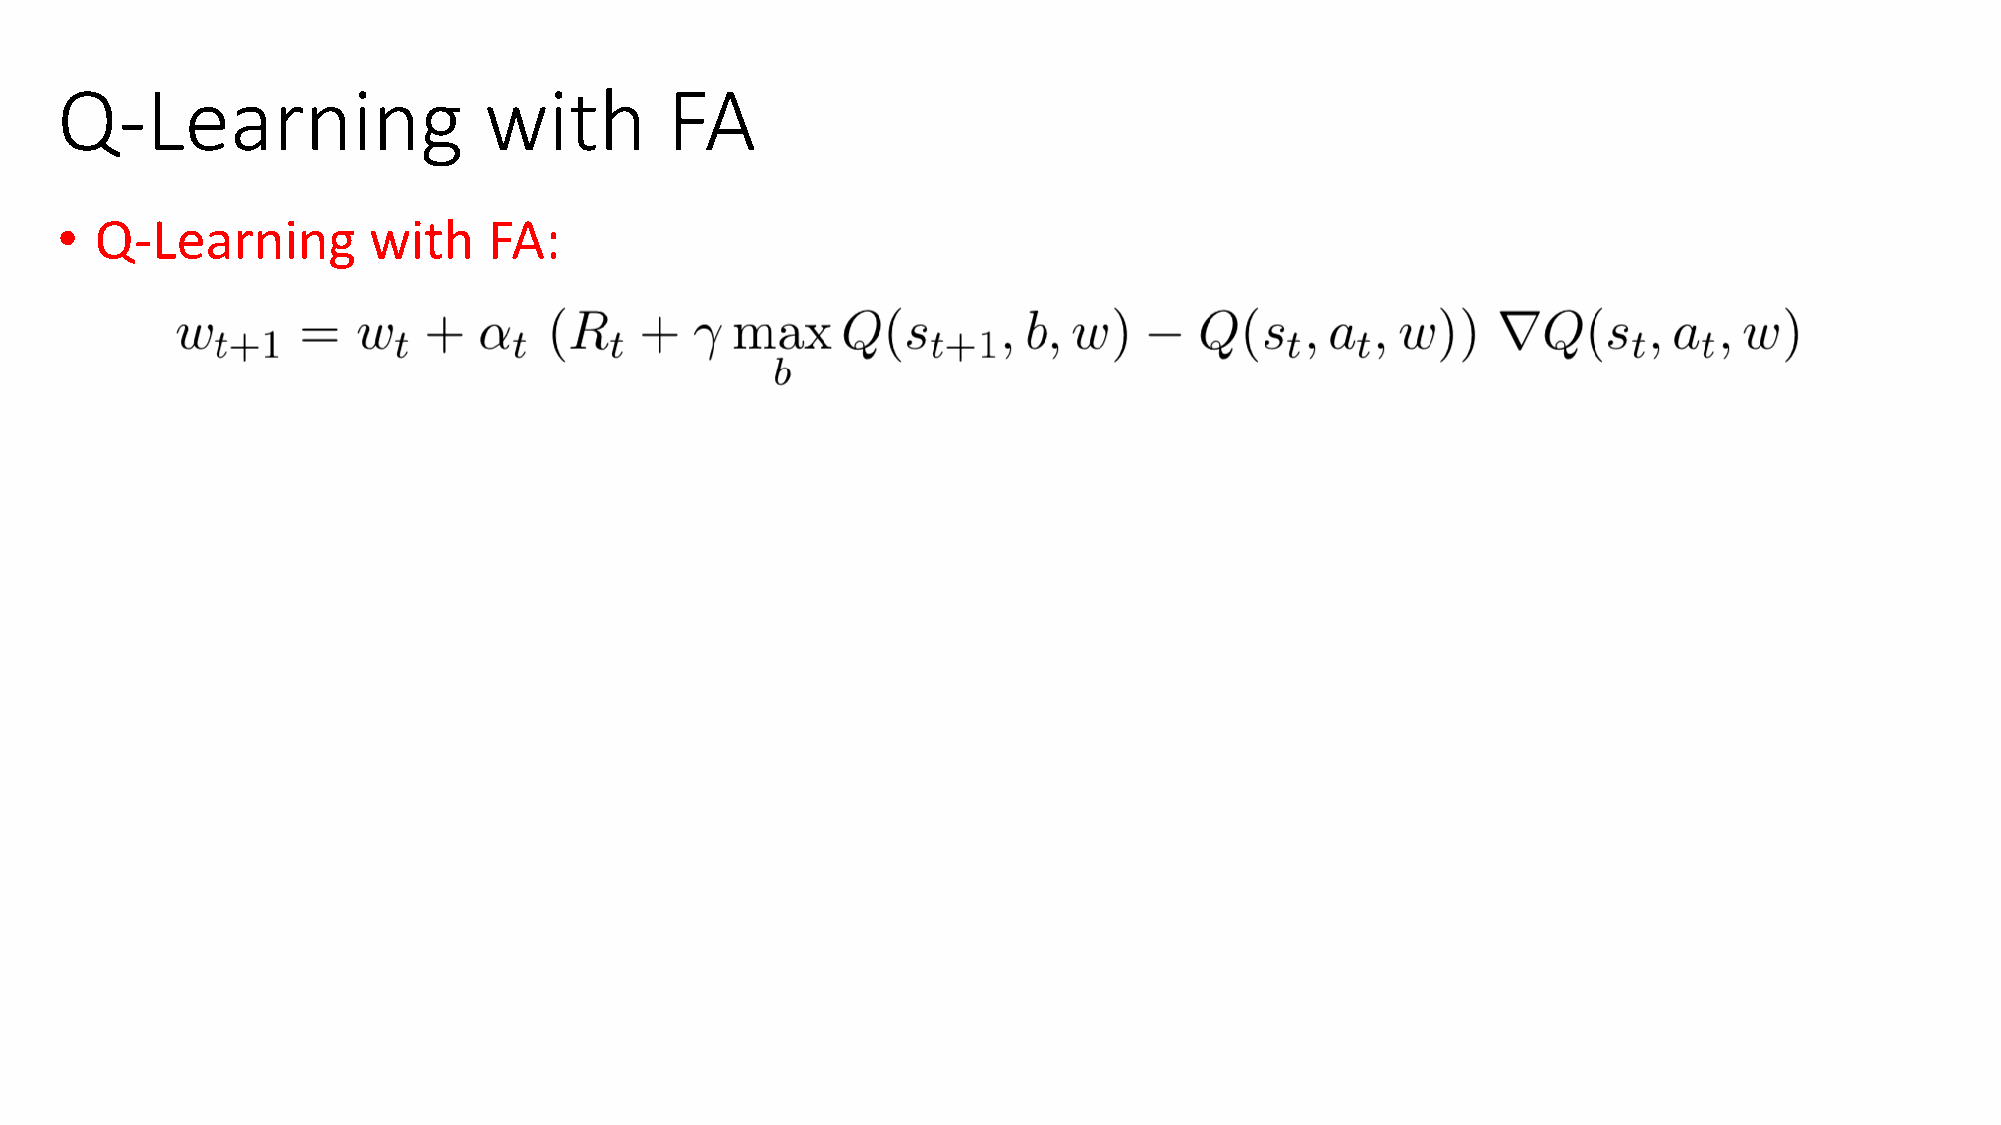
Q-Learning                  with        FA
 • Q-Learning        with    FA:
 • Does     it converge?
 • No   convergence       proofs   even   with   linear  function    approximation!
 “Deadly     Triad”   according    to
 Sutton    and   Barto   (2018)